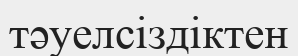
тәуелсіздіктен